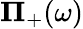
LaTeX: \mathbf{\Pi}_{+}(\omega)